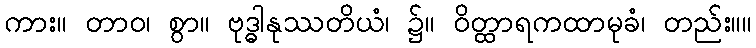
ကား။ တာဝ၊ စွာ။ ဗုဒ္ဓါနုဿတိယံ၊ ၌။ ဝိတ္ထာရကထာမုခံ၊ တည်း။။